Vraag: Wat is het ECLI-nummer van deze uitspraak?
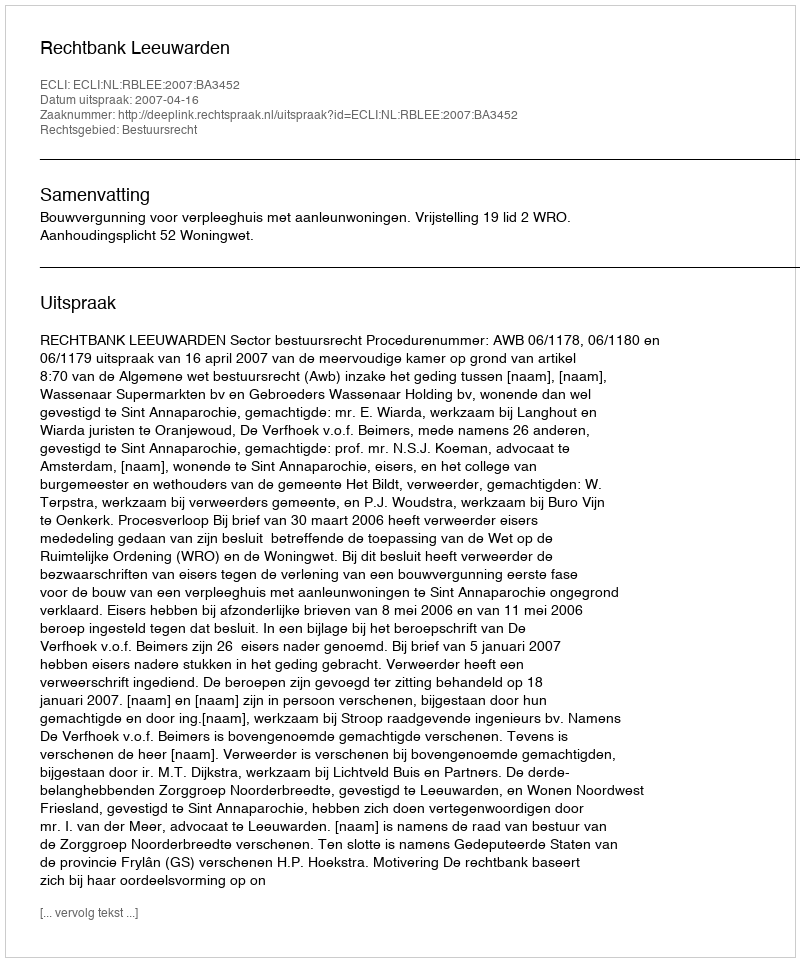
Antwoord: ECLI:NL:RBLEE:2007:BA3452